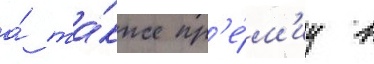
а́ та́кже пр'е́м'иу в